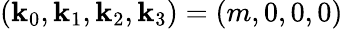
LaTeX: (\mathbf{k}_{0},\mathbf{k}_{1},\mathbf{k}_{2},\mathbf{k}_{3})=(m,0,0,0)